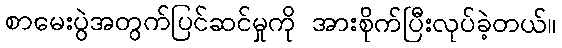
စာမေးပွဲအတွက်ပြင်ဆင်မှုကို အားစိုက်ပြီးလုပ်ခဲ့တယ်။